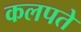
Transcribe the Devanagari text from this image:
कलपते